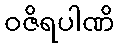
ဝဇိရပါဏိ